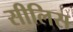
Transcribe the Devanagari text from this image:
सीलिस